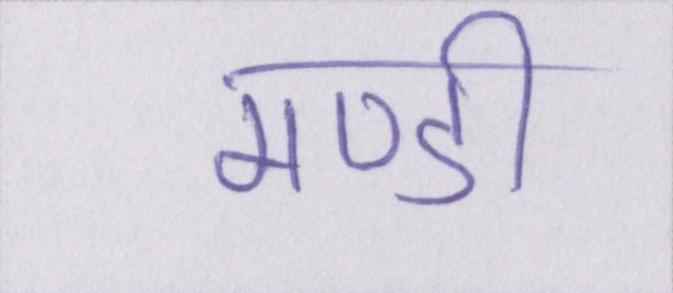
मण्डी